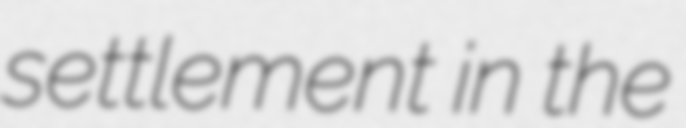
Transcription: settlement in the